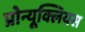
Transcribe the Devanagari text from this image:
प्रोन्यूक्लियस